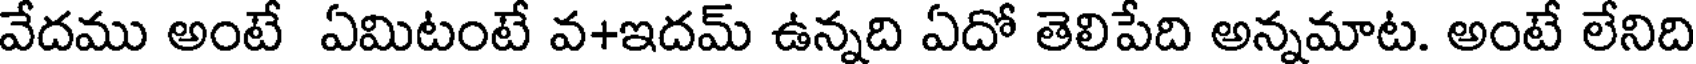
వేదము అంటే ఏమిటంటే వ+ఇదమ్ ఉన్నది ఏదో తెలిపేది అన్నమాట. అంటే లేనిది